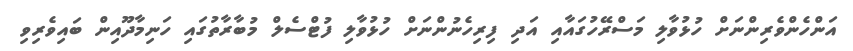
އަންހެންވެރިންނަށް ހުޅުވާލި މަސްރޭހުގައާއި އަދި ފިރިހެނުންނަށް ހުޅުވާލި ފުޓްސެލް މުބާރާތުގައި ހަނިމާދޫއިން ބައިވެރިވި